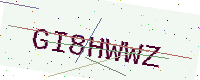
Text: GI8HWWZ